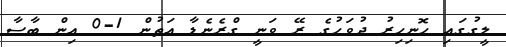
ލީގުގައި ހޮނިހިރު ދުވަހުގެ ރޭ ވަނީ ގްރެނެޑާ އަތުން 1-0 އިން ބާސާ